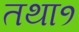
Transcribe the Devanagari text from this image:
तथा१